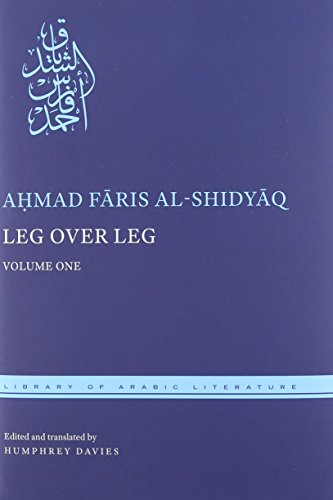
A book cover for Leg over Leg: 4-volume set (Library of Arabic Literature); Literature & Fiction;